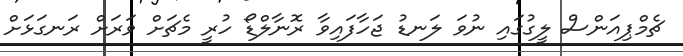
ޗެމްޕިއަންސް ލީގުގައި ނުވަ ލަނޑު ޖަހާފައިވާ ރޮނާލްޑޯ ހުރީ މެޗަށް ވަރަށް ރަނގަޅަށް